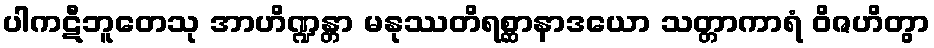
ပါကဋီဘူတေသု အာဟိဏ္ဍန္တာ မနုဿတိရစ္ဆာနာဒယော သတ္တာကာရံ ဝိဇဟိတွာ